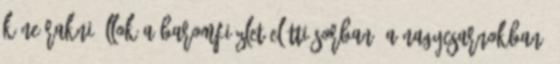
kéne rakni Állok a baromfiüzlet elõtti sorban, a nagycsarnokban.